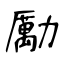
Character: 勵